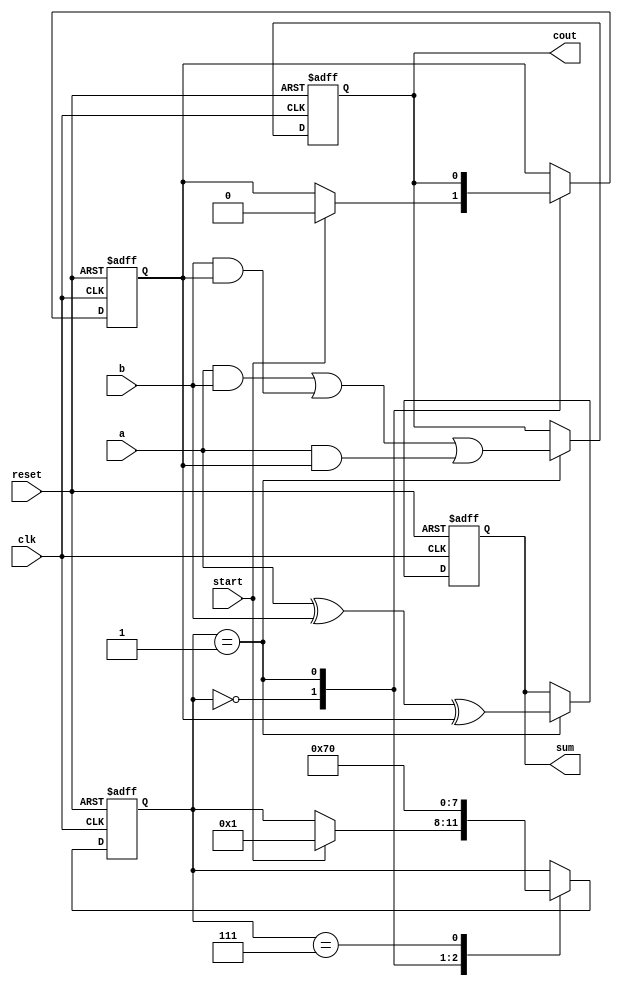
module serial_adder(
  input clk,
  input reset,
  input a,
  input b,
  input start,
  output reg cout,
  output reg sum
);
  reg [3:0]state;
  reg carry_in;
  parameter IDLE=3'b000,
             S_add=3'b001,
             DONE=3'b111;
  
  always@(posedge clk,posedge reset)
    begin
      if(reset)
        begin
          carry_in<=1'b0;
          state<=IDLE;
          sum<=1'b0;
          cout<=1'b0;
        end
      else begin
        case(state)
          IDLE: begin
            if(start)
              begin
                state<=S_add;
                carry_in<=1'b0;
              end
          end
          S_add: begin
            state<=DONE;
            sum<=a^b^carry_in;
            cout<=(a&b)|(b&carry_in)|(a&carry_in);
            carry_in<=cout;
          end
          DONE: begin
            state<=IDLE;
          end
        endcase
      end
    end
endmodule